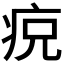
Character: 𱱎